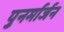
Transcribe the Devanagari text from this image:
पुनर्मार्जन